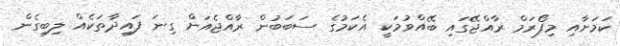
ކަމަށާއި މިފޯރަމް ރާއްޖޭގައި ބޭއްވުމަކީ އެކަމުގެ ސަބަބުން ރާއްޖެއަށް ގިނަ ފައިދާތަކެއް ލިބިގެން